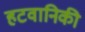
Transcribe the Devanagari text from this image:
हटवानिकी